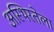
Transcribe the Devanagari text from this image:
अस्थिरतेला